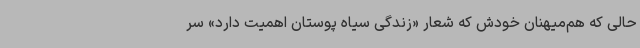
حالی که هم‌میهنان خودش که شعار «زندگی سیاه پوستان اهمیت دارد» سر